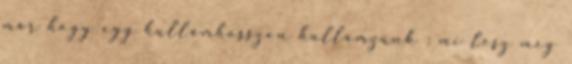
már hogy egy hullámhosszon hullámzunk : mi lesz még